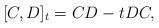
LaTeX: \begin{align*}[C,D]_t =CD -t DC,\end{align*}